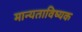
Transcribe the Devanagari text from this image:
मान्यताविष्यक